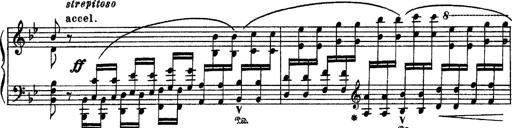
Title: Sarabande und Chaconne aus dem Singspiel
Composer: Franz Liszt